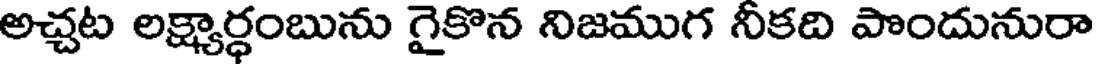
అచ్చట లక్ష్యార్ధంబును గైకొన నిజముగ నీకది పొందునురా